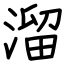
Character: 溜